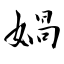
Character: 媧